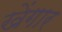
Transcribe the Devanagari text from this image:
खेंगार